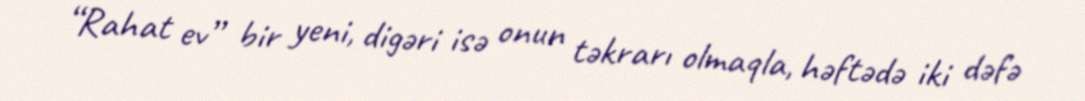
“Rahat ev” bir yeni, digəri isə onun təkrarı olmaqla, həftədə iki dəfə